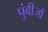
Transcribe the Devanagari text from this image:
पुंबीजों